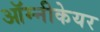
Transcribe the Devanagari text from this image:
ऑम्नीकेयर